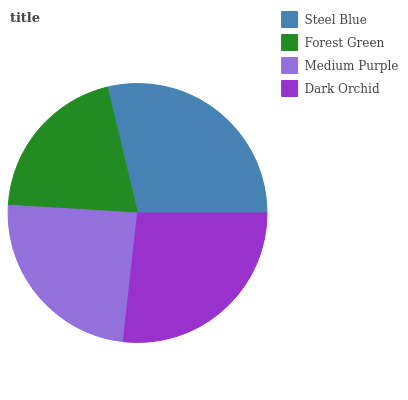
| Steel Blue | Forest Green | Medium Purple | Dark Orchid |
 | --- | --- | --- | --- |
 | 28.8% | 20.3% | 24.2% | 26.7% |